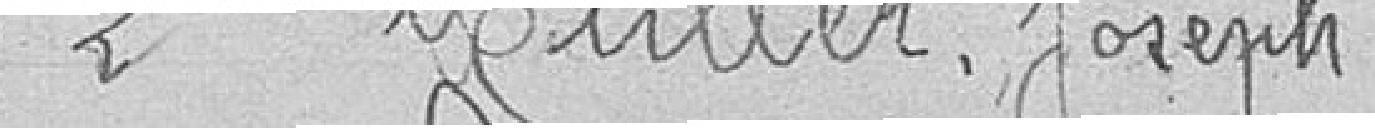
2. MULLER Joseph